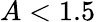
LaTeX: A<1.5